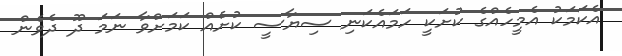
އެކަމަކު އެމީހެއްގެ ކުށަކީ ހަމައެކަނި ސިޔާސީ ކުށެއް ކަމަށްވާ ނަމަ ދޫ ދެވެން